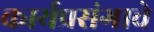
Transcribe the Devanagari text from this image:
कार्यप्रसंगाचे